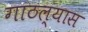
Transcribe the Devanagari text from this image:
गाठल्यास